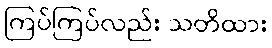
ကြပ်ကြပ်လည်း သတိထား